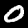
Label: 0